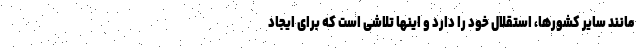
مانند سایر کشورها، استقلال خود را دارد و اینها تلاشی است که برای ایجاد